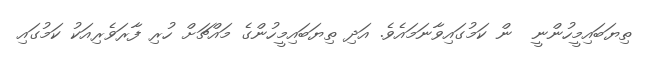
ތިޔަބައިމީހުންނީ  ން ކަމުގައިވާނަމައެވެ. އަދި ތިޔަބައިމީހުންގެ މައްޗަށް ހުރި ފާރަވެރިއަކު ކަމުގައި